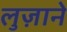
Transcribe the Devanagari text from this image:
लुज़ाने